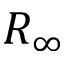
R _ { \infty }